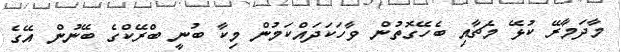
މާދަމާރޭ ކުޅޭ މެޗާއި ބެހޭގޮތުން ވާހަކަދައްކަމުން މިކާ ބުނީ ބްރޭކްގެ ބޭނުން އޭގެ